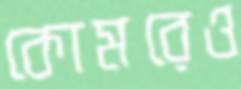
কোমরেও